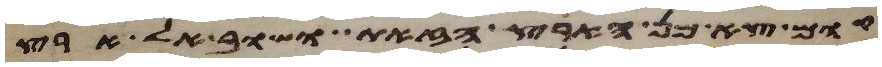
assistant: קום צא מן הארץ הזאת ושוב אל ארץ